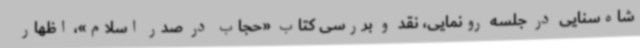
شاه‌سنایی در جلسه رونمایی، نقد و بررسی کتاب «حجاب در صدر اسلام»، اظهار